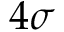
4 \sigma